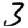
Digit: 3